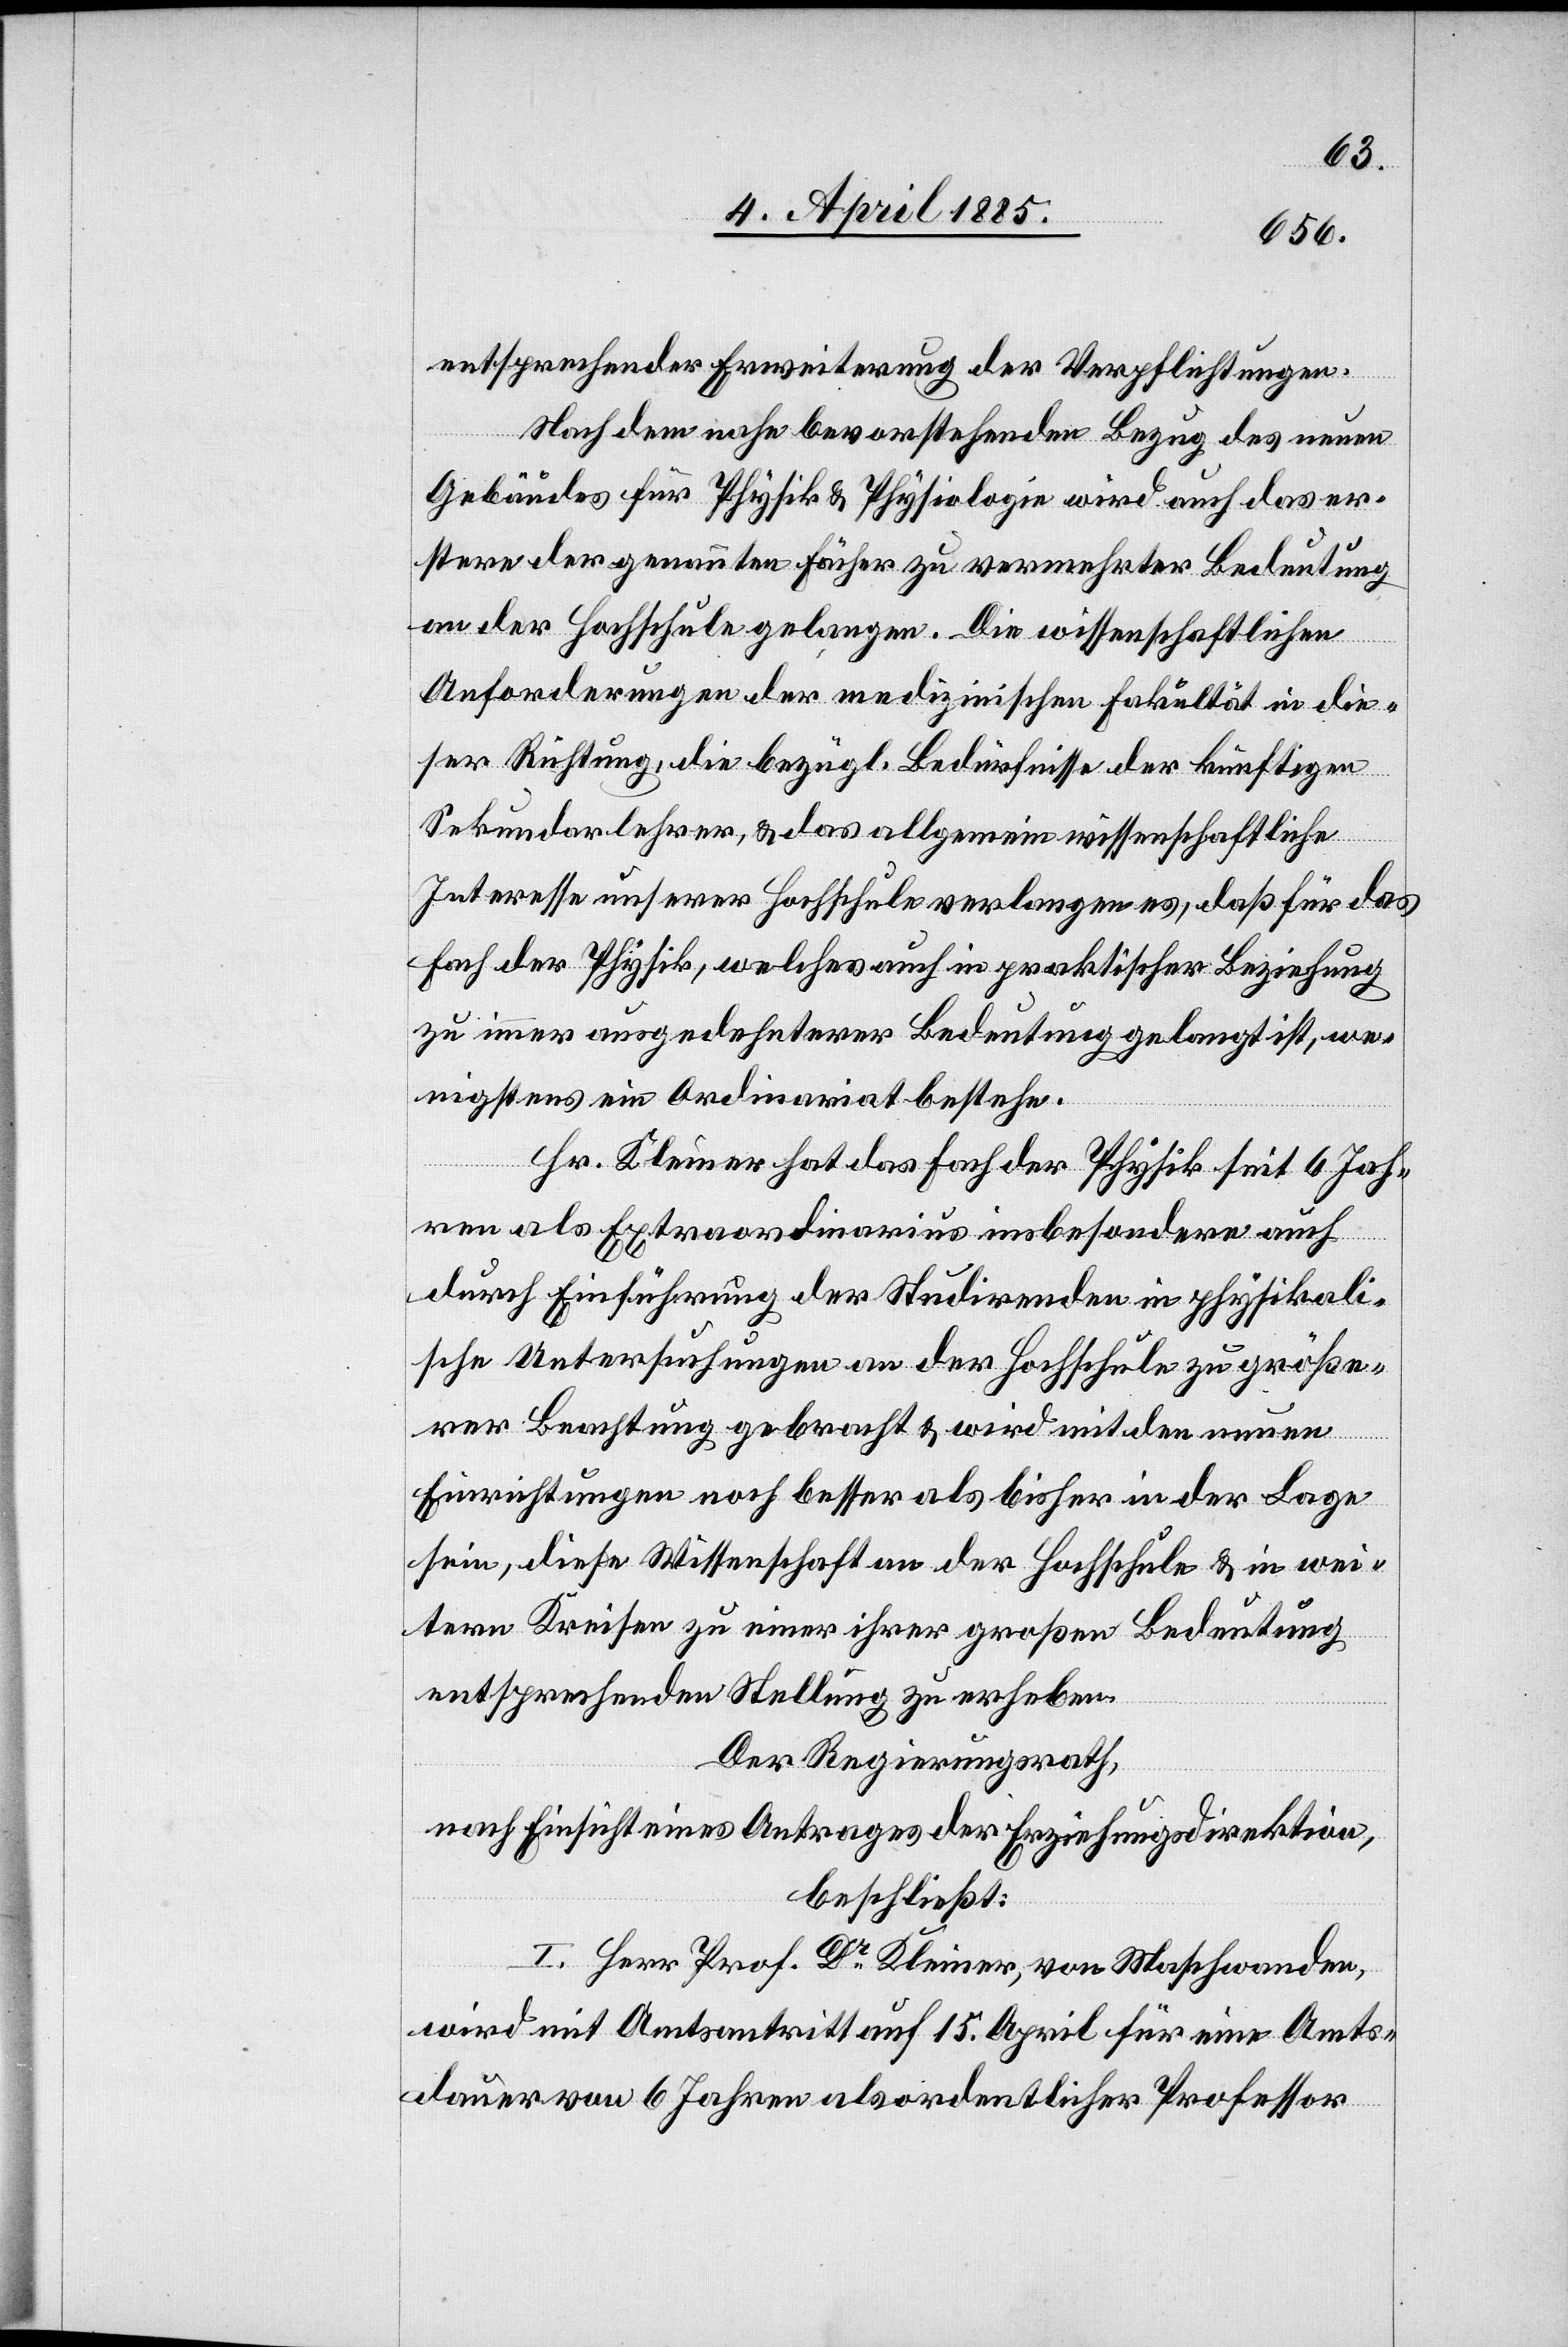
entsprechender Erweiterung der Verpflichtungen.
Nachdem nahe bevorstehenden Bezug des neuen
Gebäudes für Physik & Physiologie wird auch das er¬
stere der genannten Fächer zu vermehrter Bedeutung
an der Hochschule gelangen. Die wissenschaftlichen
Anforderungen der medizinischen Fakultät in die¬
ser Richtung, die bezügl. Bedürfnisse der künftigen
Sekundarlehrer, & das allgemein wissenschaftliche
Interesse unserer Hochschule verlangen es, daß für das
Fach der Physik, welches auch in praktischer Beziehung
zu immer ausgedehnterer Bedeutung gelangt ist, we¬
nigstens ein Ordinariat bestehe.
Hr. Kleiner hat das Fach der Physik seit 6 Jah¬
ren als Extraordinarius insbesondere auch
durch Einführung der Studirenden in physikali¬
sche Untersuchungen an der Hochschule zu größe¬
rer Beachtung gebracht & wird mit den neuen
Einrichtungen noch besser als bisher in der Lage
sein, diese Wissenschaften an der Hochschule & in wei¬
tern Kreisen zu einer ihrer großen Bedeutung
entsprechenden Stellung zu erheben.
Der Regierungsrath,
nach Einsicht eines Antrages der Erziehungsdirektion,
beschließt:
I. Herr Prof. Dr Kleiner, von Maschwanden,
wird mit Amtsantritt auf 15. April für eine Amts¬
dauer von 6 Jahren als ordentlicher Professor